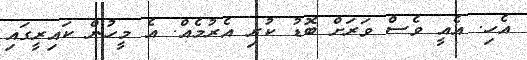
އެހި. އެއީ ވެސް ވަރަށް ބޮޑު ކުރި އެރުމެއް. އެ މީހުން ކައިރީގައި